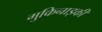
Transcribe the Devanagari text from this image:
मुकिनाइकी